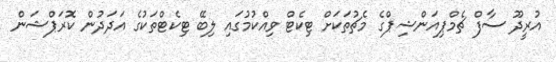
އުރީދޫ ސާފް ޗެމްޕިއަންޝިޕްގެ މެޗުތަކަށް ޓިކެޓް ވިއްކުމުގައި ލިބޭ ޓިކެޓްތަކުގެ އަދަދުން ކޮރަޕްޝަން